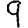
Digit: 9